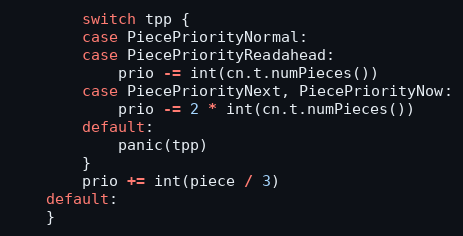
Language: Go
		switch tpp {
		case PiecePriorityNormal:
		case PiecePriorityReadahead:
			prio -= int(cn.t.numPieces())
		case PiecePriorityNext, PiecePriorityNow:
			prio -= 2 * int(cn.t.numPieces())
		default:
			panic(tpp)
		}
		prio += int(piece / 3)
	default:
	}